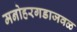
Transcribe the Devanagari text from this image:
मनोहरगडाजवळ